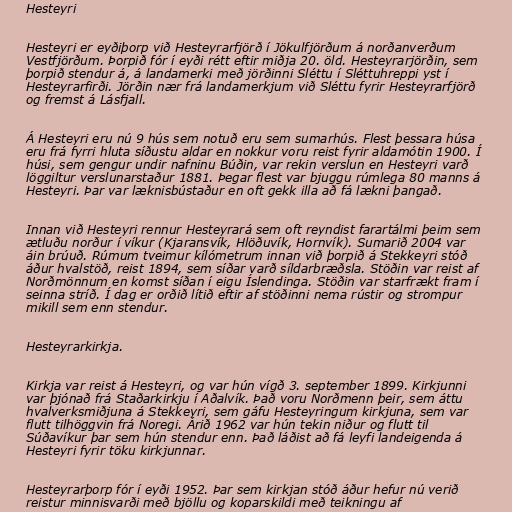
Hesteyri

Hesteyri er eyðiþorp við Hesteyrarfjörð í Jökulfjörðum á norðanverðum
Vestfjörðum. Þorpið fór í eyði rétt eftir miðja 20. öld. Hesteyrarjörðin, sem
þorpið stendur á, á landamerki með jörðinni Sléttu í Sléttuhreppi yst í
Hesteyrarfirði. Jörðin nær frá landamerkjum við Sléttu fyrir Hesteyrarfjörð
og fremst á Lásfjall.

Á Hesteyri eru nú 9 hús sem notuð eru sem sumarhús. Flest þessara húsa
eru frá fyrri hluta síðustu aldar en nokkur voru reist fyrir aldamótin 1900. Í
húsi, sem gengur undir nafninu Búðin, var rekin verslun en Hesteyri varð
löggiltur verslunarstaður 1881. Þegar flest var bjuggu rúmlega 80 manns á
Hesteyri. Þar var læknisbústaður en oft gekk illa að fá lækni þangað.

Innan við Hesteyri rennur Hesteyrará sem oft reyndist farartálmi þeim sem
ætluðu norður í víkur (Kjaransvík, Hlöðuvík, Hornvík). Sumarið 2004 var
áin brúuð. Rúmum tveimur kílómetrum innan við þorpið á Stekkeyri stóð
áður hvalstöð, reist 1894, sem síðar varð síldarbræðsla. Stöðin var reist af
Norðmönnum en komst síðan í eigu Íslendinga. Stöðin var starfrækt fram í
seinna stríð. Í dag er orðið lítið eftir af stöðinni nema rústir og strompur
mikill sem enn stendur.

Hesteyrarkirkja.

Kirkja var reist á Hesteyri, og var hún vígð 3. september 1899. Kirkjunni
var þjónað frá Staðarkirkju í Aðalvík. Það voru Norðmenn þeir, sem áttu
hvalverksmiðjuna á Stekkeyri, sem gáfu Hesteyringum kirkjuna, sem var
flutt tilhöggvin frá Noregi. Árið 1962 var hún tekin niður og flutt til
Súðavíkur þar sem hún stendur enn. Það láðist að fá leyfi landeigenda á
Hesteyri fyrir töku kirkjunnar.

Hesteyrarþorp fór í eyði 1952. Þar sem kirkjan stóð áður hefur nú verið
reistur minnisvarði með bjöllu og koparskildi með teikningu af